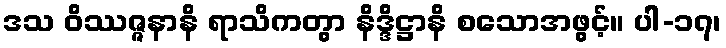
ဒသ ဝိဿဇ္ဇနာနိ ရာသိကတွာ နိဒ္ဒိဋ္ဌာနိ စသောအဖွင့်။ ပါ-၁၇၊